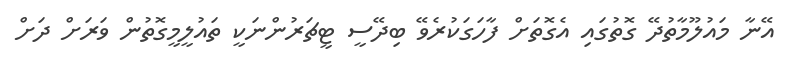
އޭނާ މައުލޫމާތުދޭ ގޮތުގައި އެގޮތަށް ފާހަގަކުރެވޭ ބިދޭސީ ޓީޗަރުންނަކީ ތައުލީމީގޮތުން ވަރަށް ދަށް